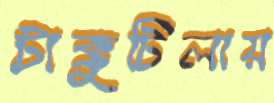
টাক্কুটিলায়